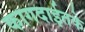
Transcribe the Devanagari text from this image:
कागदाईतके